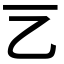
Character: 𠀂